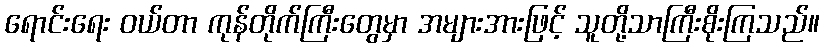
ရောင်းရေး ဝယ်တာ ကုန်တိုက်ကြီးတွေမှာ အများအားဖြင့် သူတို့သာကြီးစိုးကြသည်။